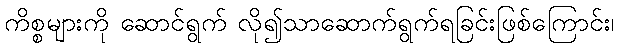
ကိစ္စများကို ဆောင်ရွက် လို၍သာဆောက်ရွက်ရခြင်းဖြစ်ကြောင်း၊